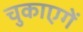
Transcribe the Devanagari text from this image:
चुकाएगें